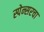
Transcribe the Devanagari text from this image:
स्पेन्सरचा